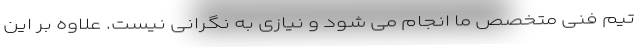
تیم فنی متخصص ما انجام می شود و نیازی به نگرانی نیست. علاوه بر این